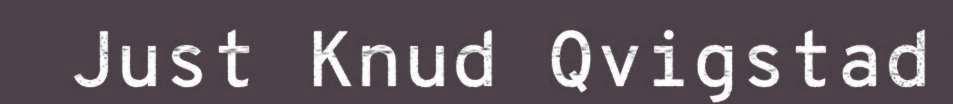
Just Knud Qvigstad